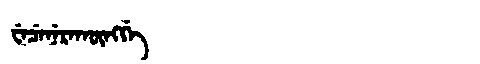
Manchu: ᠸᡝᠴᡝᠨᡝᡵᠠᡴᡡᠩᡤᡝ
Romanization: WECENERAKŪNGGE